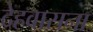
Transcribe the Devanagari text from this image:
देहवासना